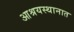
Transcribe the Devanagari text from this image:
आश्रयस्थानात